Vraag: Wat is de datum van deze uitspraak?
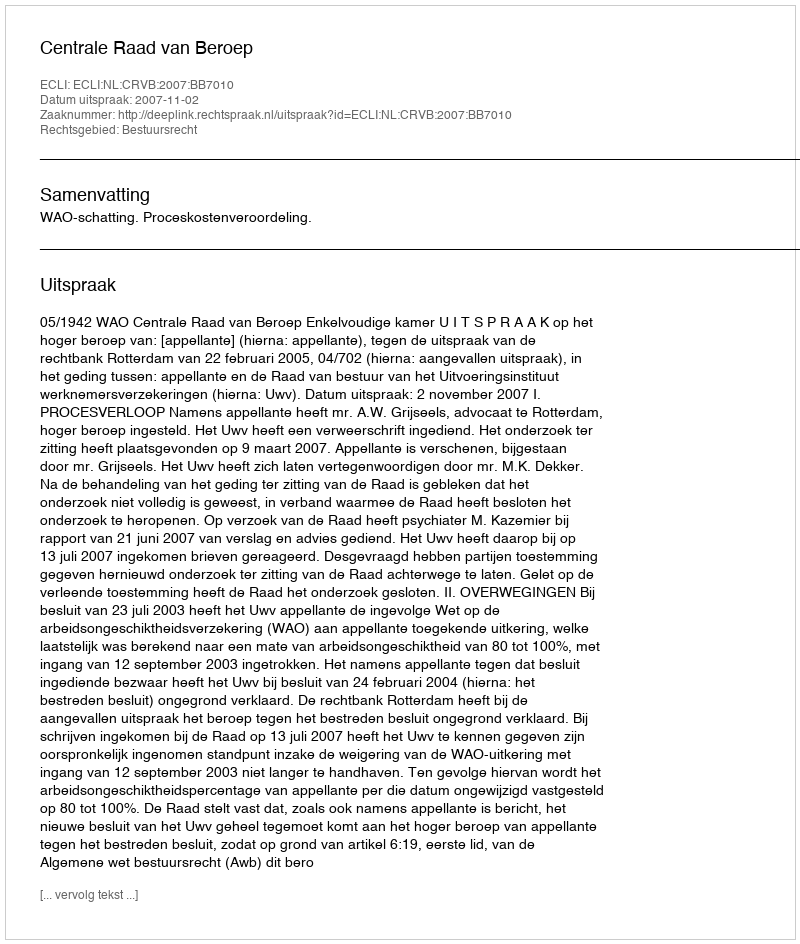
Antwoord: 2007-11-02